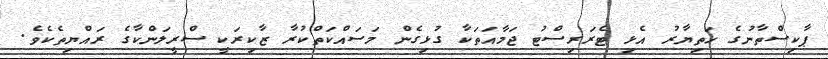
ޕާކިސްތާނުގެ ހަތިޔާރު އެޅި ޓެރަރިސްޓު ޖަމާއަތަކާ ގުޅިގެން މަސައްކަތްކުރާ ޒާކިރަކީ ސްރީލަންކާގެ ރައްޔިތެކެވެ.